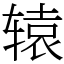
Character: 辕